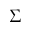
\Sigma